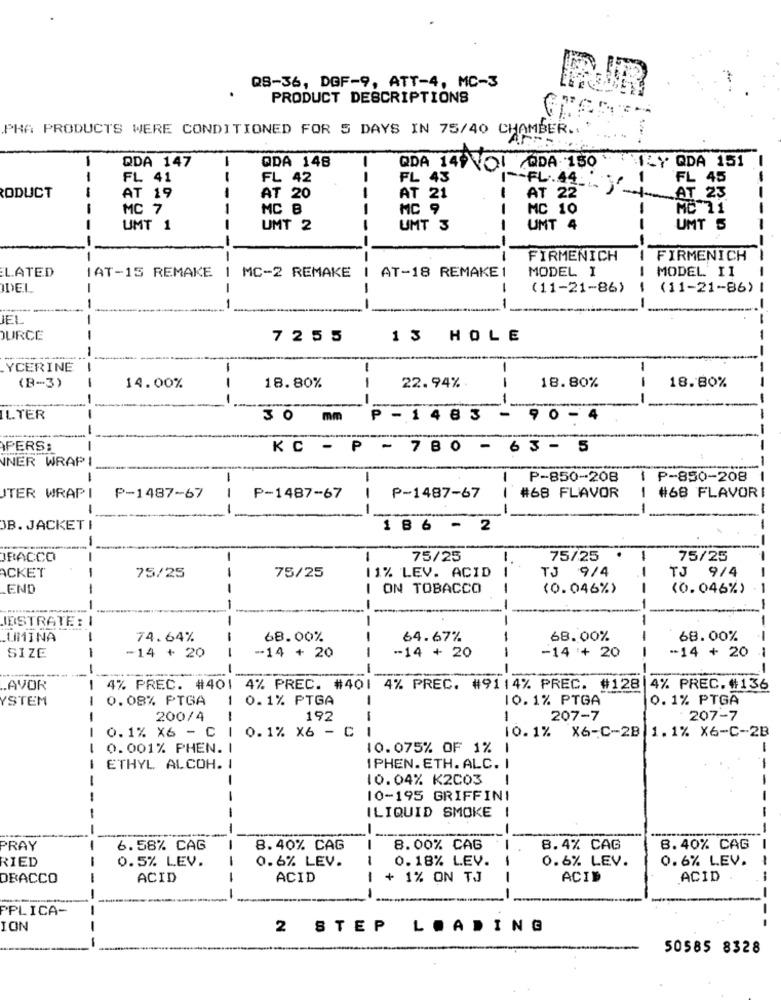
Q8-36, DGF-9, ATT-4, MC-3
PRODUCT DESCRIPTIONS
PHA PRODUCTS WERE CONDITIONED FOR 5 DAYS IN 75/40 CHAMBER ..
QDA 147
-
QDA 148
-
QDA 140VOI QDA 150 Y QDA 151
FL 41
FL 42
FL 43
~- FL.44."
FL 45
-
RODUCT
AT 19
AT 20
AT 21
AT 22
AT 23
- -
MC 7
MC B
MC 9
MC 10
MC 11
UMT 1
UMT 2
--
UMT 3
UMT 4
UMT S
------
---
FIRMENICH
FIRMENICH
LATED
1
AT-18 REMAKE 1
MODEL I
--
MODEL II
IAT-15 REMAKE
MC-2 REMAKE
DEL
-
-
(11-21-86)
-
(11-21-86)
-
--
IEL
URCE
7255
13 HOLE
YCERINE
1
1
-
-
18.80%
(B-3)
14.00%
18.80%
1
22.94%.
18.80%
-
-
- -
---
IL.TER
3 0 mm P - 1 4 8 3 - 9 0 - 4
PERS:
-
KC - P - 780 - 63 - 5
NER WRAPI
I P-850-208
1 P-850-208
- -
#68 FLAVOR
#68 FLAVORI
ITER WRAP I
P-1487-67
P-1487-67
P-1487-67
-
---
--
--
-
B. JACKET
1 8 6 - 2
ORACCO
-
-
1
75/25
-
75/25
75/25
ACKET
75/25
9/4
TJ
9/4
-
75/25
-
11% LEV. ACID
TJ
END
-
-
I ON TOBACCO
(0.046%)
(0.046%)
-
-
JESTRATE:
--
-
LIMINA
--
74.64%
68.00%
----
64.67%
68.00%
68.00%
--
----
-14 + 20
SIZE
-14 + 20
-14 + 20
-14 + 20
-14 + 20
-
AVOR
-
4% PREC. #401 4% PREC. #401 4% PREC. #9114% PREC. #128 4% PREC.#136
YSTEM
0.08% PTGA
-
0.1% PTGA
10.1% PTGA
0.1% PTGA
200/4
192
---
-
207-7
207-7
-
0.1% X6 - C
0.1% X6 - C
1
10.1% X6-C-2B 1.1% X6-C-2B
-
0.001% PHEN.
10.075% OF 1%
1
-
ETHYL ALCOH. I
IPHEN. ETH. ALC. I
-
-
10.04% K2C03
1
-
10-195 GRIFFINI
--
-
ILIQUID SMOKE !
-
-
-
PRAY
6.58% CAG
8.40% CAG
-
8.00% CAG
8.4% CAG
8.40% CAG
RIED
0.5% LEV.
0.6% LEV.
0.18% LEV.
0.6% LEV.
0.6% LEV.
DEACCO
ACID
ACID
+ 1% ON TJ
--
ACIN
ACID
- -
----
PPLICA-
ION
2 STEP LOADING
50585 8328